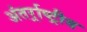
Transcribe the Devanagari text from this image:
अंतर्र्राष्‍ट्रीय